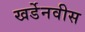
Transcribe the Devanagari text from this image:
खर्डेनवीस